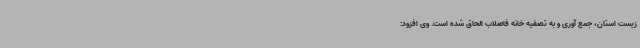
زیست استان، جمع آوری و به تصفیه خانه فاصلاب الحاق شده است. وی افزود: